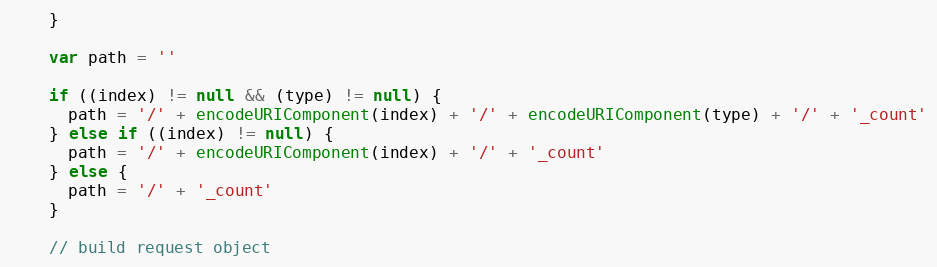
Language: JavaScript
    }

    var path = ''

    if ((index) != null && (type) != null) {
      path = '/' + encodeURIComponent(index) + '/' + encodeURIComponent(type) + '/' + '_count'
    } else if ((index) != null) {
      path = '/' + encodeURIComponent(index) + '/' + '_count'
    } else {
      path = '/' + '_count'
    }

    // build request object